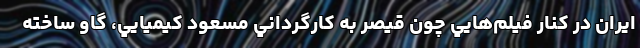
ايران در کنار فيلم‌هايي چون قيصر به کارگرداني مسعود کيميايي، گاو ساخته